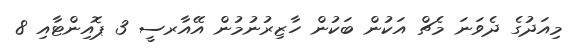
މިއަދުގެ ދެވަނަ މެޗް އަކުން ބަކުން ހާޒިރުނުމުން އޭއާރސީ 3 ޕޮއިންޓާއި 8